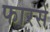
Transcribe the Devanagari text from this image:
फारसें